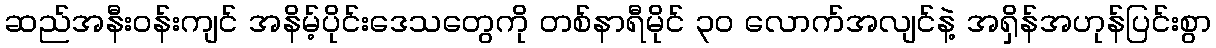
ဆည်အနီးဝန်းကျင် အနိမ့်ပိုင်းဒေသတွေကို တစ်နာရီမိုင် ၃၀ လောက်အလျင်နဲ့ အရှိန်အဟုန်ပြင်းစွာ